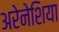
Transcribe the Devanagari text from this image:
अरेनेशिया